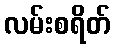
လမ်းစရိတ်